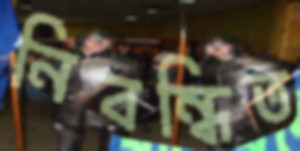
নিবন্ধিত